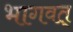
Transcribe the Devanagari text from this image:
भागवत्‌